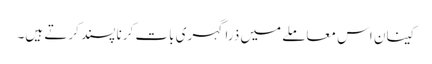
کینان اس معاملے میں ذرا گہری بات کرنا پسند کرتے ہیں۔